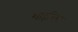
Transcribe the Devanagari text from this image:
शाहनिशा